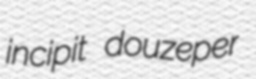
incipit douzeper